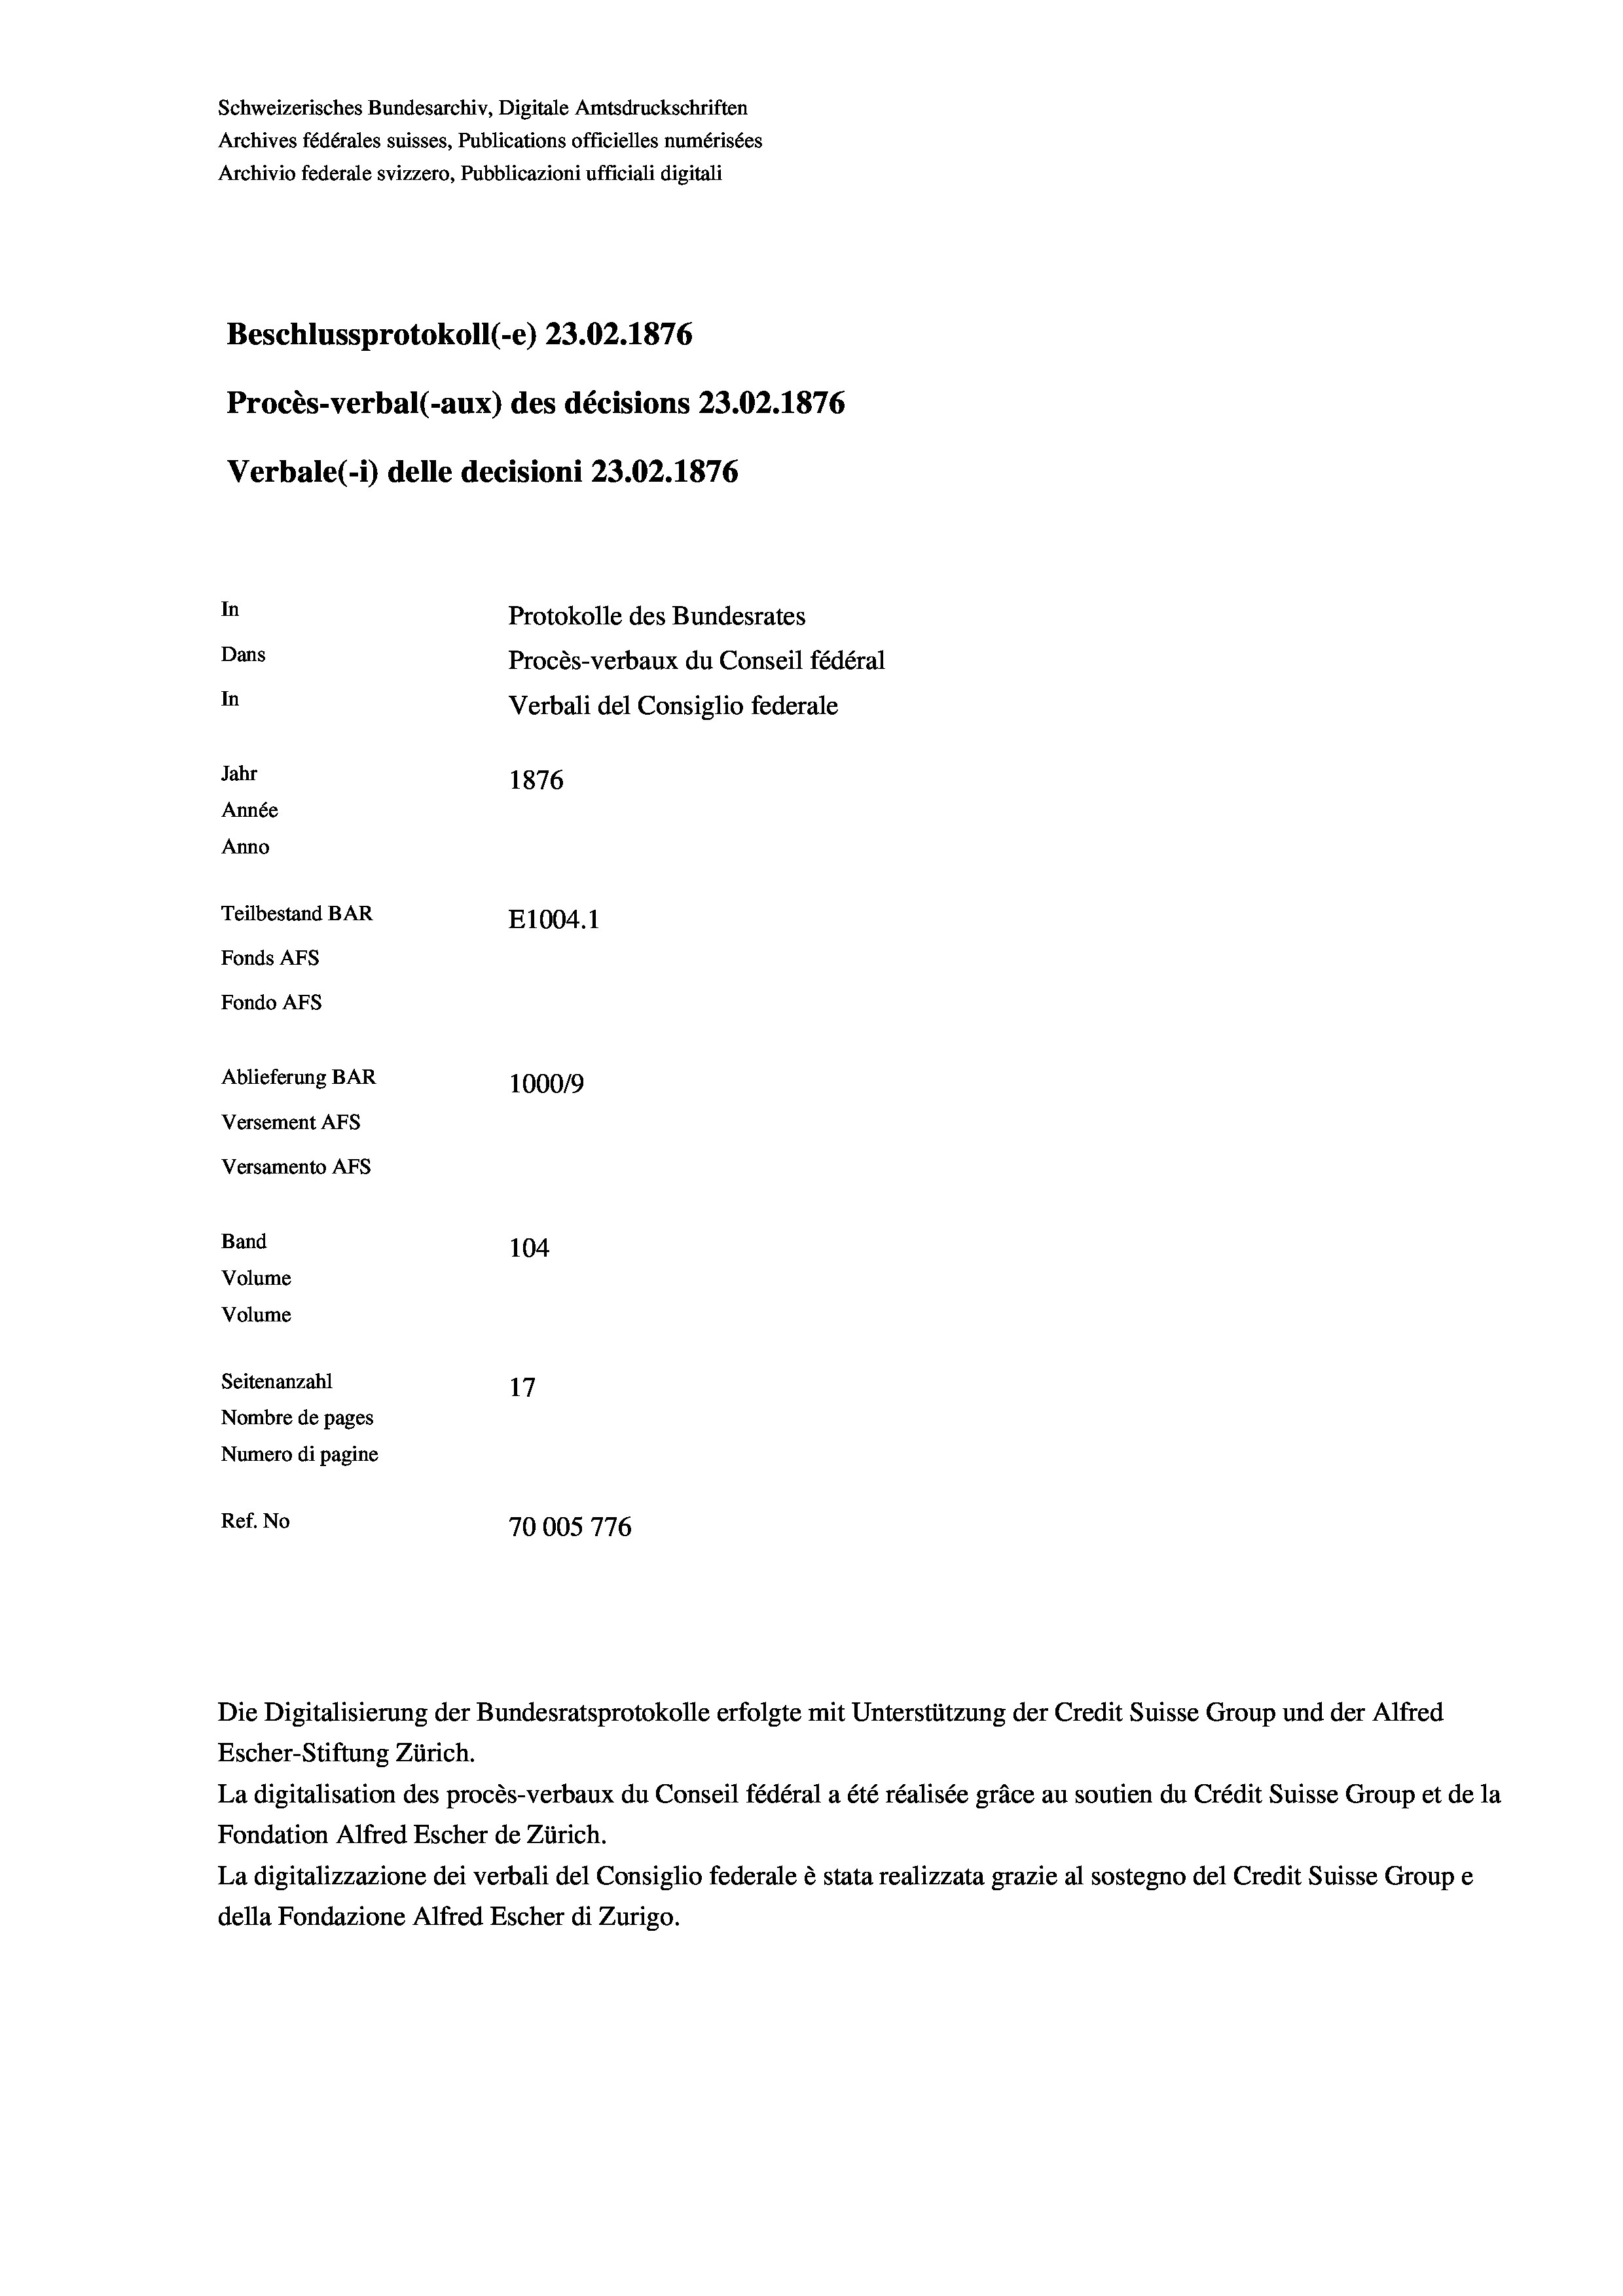
Schweizerisches Bundesarchiv, Digitale Amtsdruckschriften
Archives fédérales suisses, Publications officielles numérisées
Archivio federale svizzero, Pubblicazioni ufficiali digitali
Beschlussprotokoll (-e) 23.02. 1876
Procès-verbal (-aux) des décisions 23.02. 1876
Verbale (- 1) delle decisioni 23.02. 1876
In
Protokolle des Bundesrates
Dans
Procès-verbaux du Conseil fédéral
In
Verbali del Consiglio federale
Jahr
1876
Année
Anno
Teilbestand BAR
E1004.1
Fonds AFs
Fondo AFS
Ablieferung BAR
1000/9
Versement AFS
Versamento Afs
Band
104
Volume
Volume

Seitenanzahl
17
Nombre de pages
Numero di pagine
Ref. No
70005 776

Die Digitalisierung der Bundesratsprotokolle erfolgte mit Unterstützung der Credit Suisse Group und der Alfred

Escher-Stiftung Zürich.
La digitalisation des procès-verbaux du Conseil fédéral a été réalisée gräce au soutien du Crédit Suisse Group et de la
Fondation Alfred Escher de Zürich.
La digitalizzazione dei verbali del Consiglio federale è stata realizzata grazie al sostegno del Credit Suisse Groupe
della Fondazione Alfred Escher di Zurigo.